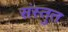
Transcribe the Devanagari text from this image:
संस्‍तुत